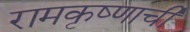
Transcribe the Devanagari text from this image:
रामकृष्णाची